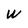
Character: W